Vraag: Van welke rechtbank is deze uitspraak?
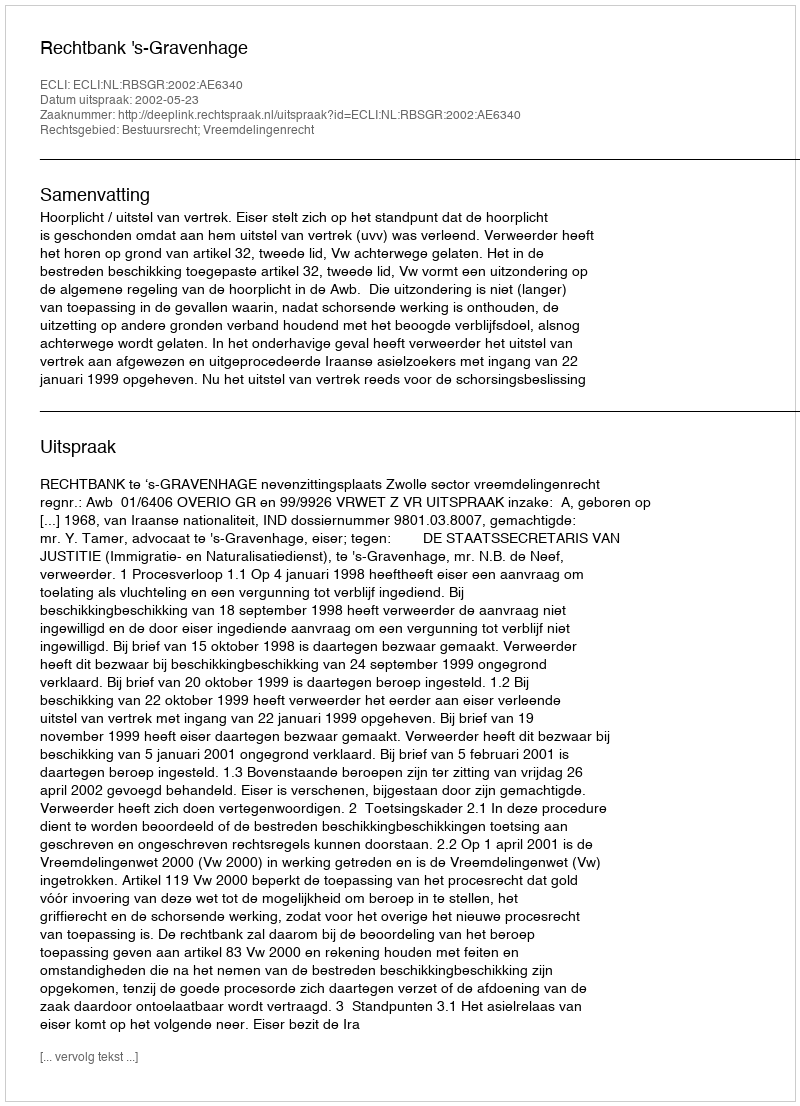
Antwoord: Rechtbank 's-Gravenhage